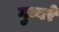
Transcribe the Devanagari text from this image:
गुब्बरे